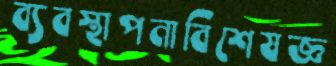
ব্যবস্থাপনাবিশেষজ্ঞ